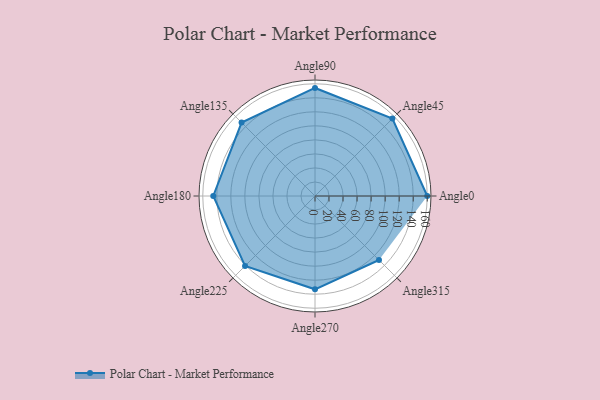
{"axis": {"x": "Angle", "y": "Radius"}, "legend": [""], "data": [{"x": "Angle0", "y": 160.0, "type": ""}, {"x": "Angle45", "y": 156.0, "type": ""}, {"x": "Angle90", "y": 154.0, "type": ""}, {"x": "Angle135", "y": 148.0, "type": ""}, {"x": "Angle180", "y": 145.0, "type": ""}, {"x": "Angle225", "y": 141.0, "type": ""}, {"x": "Angle270", "y": 133.0, "type": ""}, {"x": "Angle315", "y": 129.0, "type": ""}]}